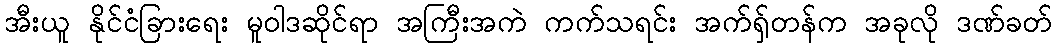
အီးယူ နိုင်ငံခြားရေး မူဝါဒဆိုင်ရာ အကြီးအကဲ ကက်သရင်း အက်ရှ်တန်က အခုလို ဒဏ်ခတ်